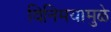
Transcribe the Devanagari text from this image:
विनिमयामुळे